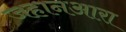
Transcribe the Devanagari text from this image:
जहानआरा